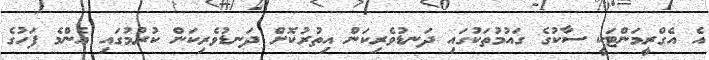
އެ އެގްރީމަންޓަކީ ސާކުގެ ގައުމުތަކުގައި ދަނޑުވެރިކަން އިތުރުކޮށް ދަނޑުވެރިކަން ކުރުމުގައި އެންމެ ފަހުގެ